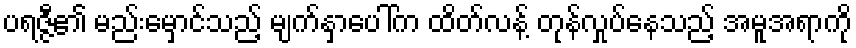
ပရဇ္ဇီ၏ မည်းမှောင်သည့် မျက်နှာပေါ်က ထိတ်လန့် တုန်လှုပ်နေသည့် အမူအရာကို